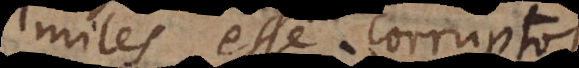
iles esse corruptos.